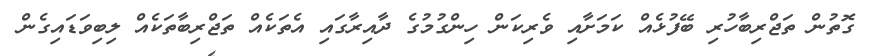
ގޮތުން ތަޖްރިބާހުރި ބޭފުޅެެއް ކަމަށާއި ވެރިކަން ހިންގުމުގެ ދާއިރާގައި އެތަކެއް ތަޖްރިބާތަކެއް ލިބިވަޑައިގެން